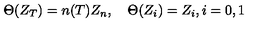
\Theta ( Z _ { T } ) = n ( T ) Z _ { n } , \quad \Theta ( Z _ { i } ) = Z _ { i } , i = 0 , 1